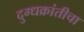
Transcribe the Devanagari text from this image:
दुग्धक्रांतीचा